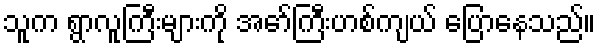
သူက ရွာလူကြီးများကို အော်ကြီးဟစ်ကျယ် ပြောနေသည်။